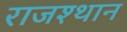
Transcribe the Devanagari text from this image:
राजश्थान